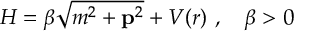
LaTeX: H = \beta \sqrt { m ^ { 2 } + { \bf p } ^ { 2 } } + V ( r ) \ , \quad \beta > 0 \,